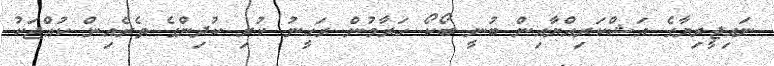
ނައިޖީރިޔާގެ އަޝްކަރިއްޔާއިން ބުނީ ބޯކޯ ހަރާމުން ރަހީނު ކުރި ކުދިންގެ ތެރެއިން ކުއްޖަކު